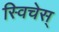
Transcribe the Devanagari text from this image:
स्विचेस्